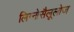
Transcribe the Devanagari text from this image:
लिग्नोसैलूलोज